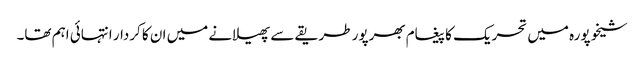
شیخوپورہ میں تحریک کا پیغام بھرپور طریقے سے پھیلانے میں ان کا کردار انتہائی اہم تھا۔